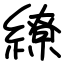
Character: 繚